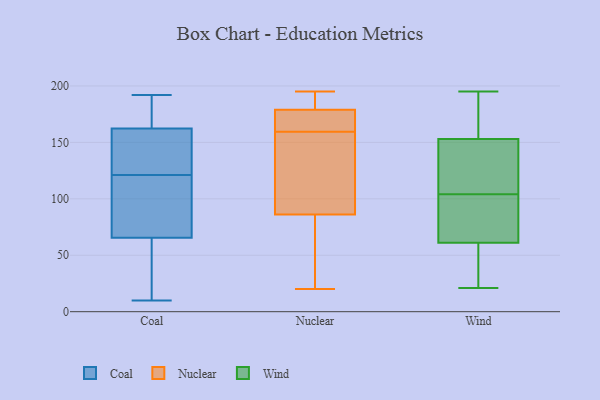
{"axis": {"x": "Demand Index", "y": "Value"}, "legend": ["Coal", "Nuclear", "Wind"], "data": [{"x": "", "y": 121, "type": "Coal"}, {"x": "", "y": 37, "type": "Coal"}, {"x": "", "y": 148, "type": "Coal"}, {"x": "", "y": 104, "type": "Coal"}, {"x": "", "y": 123, "type": "Coal"}, {"x": "", "y": 95, "type": "Coal"}, {"x": "", "y": 61, "type": "Coal"}, {"x": "", "y": 47, "type": "Coal"}, {"x": "", "y": 192, "type": "Coal"}, {"x": "", "y": 64, "type": "Coal"}, {"x": "", "y": 192, "type": "Coal"}, {"x": "", "y": 114, "type": "Coal"}, {"x": "", "y": 10, "type": "Coal"}, {"x": "", "y": 136, "type": "Coal"}, {"x": "", "y": 180, "type": "Coal"}, {"x": "", "y": 173, "type": "Coal"}, {"x": "", "y": 142, "type": "Coal"}, {"x": "", "y": 70, "type": "Coal"}, {"x": "", "y": 167, "type": "Coal"}, {"x": "", "y": 62, "type": "Nuclear"}, {"x": "", "y": 179, "type": "Nuclear"}, {"x": "", "y": 20, "type": "Nuclear"}, {"x": "", "y": 167, "type": "Nuclear"}, {"x": "", "y": 195, "type": "Nuclear"}, {"x": "", "y": 195, "type": "Nuclear"}, {"x": "", "y": 86, "type": "Nuclear"}, {"x": "", "y": 153, "type": "Nuclear"}, {"x": "", "y": 166, "type": "Nuclear"}, {"x": "", "y": 136, "type": "Nuclear"}, {"x": "", "y": 120, "type": "Wind"}, {"x": "", "y": 64, "type": "Wind"}, {"x": "", "y": 184, "type": "Wind"}, {"x": "", "y": 124, "type": "Wind"}, {"x": "", "y": 46, "type": "Wind"}, {"x": "", "y": 42, "type": "Wind"}, {"x": "", "y": 180, "type": "Wind"}, {"x": "", "y": 104, "type": "Wind"}, {"x": "", "y": 88, "type": "Wind"}, {"x": "", "y": 101, "type": "Wind"}, {"x": "", "y": 155, "type": "Wind"}, {"x": "", "y": 85, "type": "Wind"}, {"x": "", "y": 21, "type": "Wind"}, {"x": "", "y": 60, "type": "Wind"}, {"x": "", "y": 22, "type": "Wind"}, {"x": "", "y": 189, "type": "Wind"}, {"x": "", "y": 195, "type": "Wind"}, {"x": "", "y": 147, "type": "Wind"}, {"x": "", "y": 141, "type": "Wind"}]}